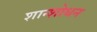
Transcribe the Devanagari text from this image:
शान्शोधन